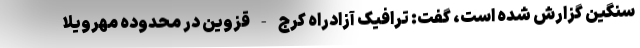
سنگین گزارش شده است، گفت: ترافیک آزادراه کرج - قزوین در محدوده مهرویلا